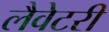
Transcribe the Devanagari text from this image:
लैवेटरी